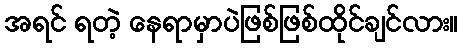
အရင် ရတဲ့ နေရာမှာပဲဖြစ်ဖြစ်ထိုင်ချင်လား။